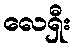
လေရှီး